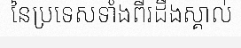
នៃប្រទេសទាំងពីរដឹងស្គាល់